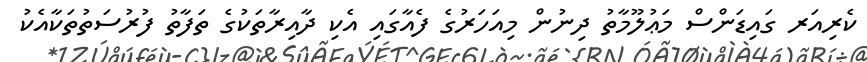
ކެރިއަރ ގައިޑަންސް މަޢުލޫމާތު ދިނުން މިއަހަރުގެ ފެއާގައި އެކި ދާއިރާތަކުގެ ތަފާތު ފުރުސަތުތަކާއެކު